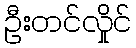
ဦးတင်လှိုင်